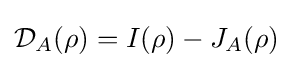
{\mathcal {D}}_{A}(\rho )=I(\rho )-J_{A}(\rho )